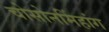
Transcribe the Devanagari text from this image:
चोसोनमिंहांग